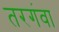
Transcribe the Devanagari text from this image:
तरगंवा